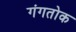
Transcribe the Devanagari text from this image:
गंगतोक